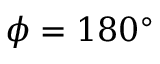
\phi = 1 8 0 ^ { \circ }